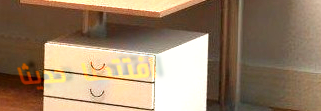
افتتحنا حديثاً